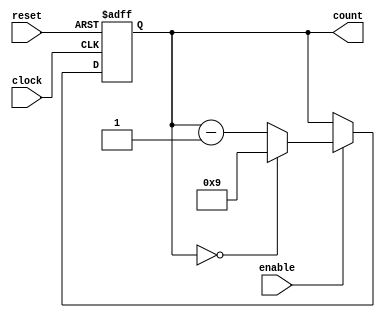
module BCD_down_counter_with_enable (
    input wire clock,
    input wire reset,
    input wire enable,
    output reg [3:0] count
);

always @ (posedge clock or posedge reset) begin
    if (reset) begin
        count <= 4'b0000;
    end else if (enable) begin
        if (count == 4'b0000) begin
            count <= 4'b1001;
        end else begin
            count <= count - 1;
        end
    end
end

endmodule